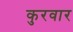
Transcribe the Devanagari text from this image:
कुरवार